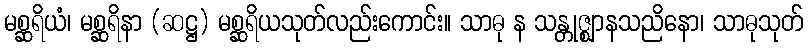
မစ္ဆရိယံ၊ မစ္ဆရိနာ (ဆဋ္ဌ) မစ္ဆရိယသုတ်လည်းကောင်း။ သာဓု န သန္တုဇ္ဈာနသညိနော၊ သာဓုသုတ်